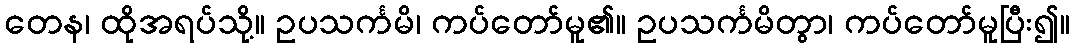
တေန၊ ထိုအရပ်သို့။ ဥပသင်္ကမိ၊ ကပ်တော်မူ၏။ ဥပသင်္ကမိတွာ၊ ကပ်တော်မူပြီး၍။